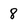
Character: 8